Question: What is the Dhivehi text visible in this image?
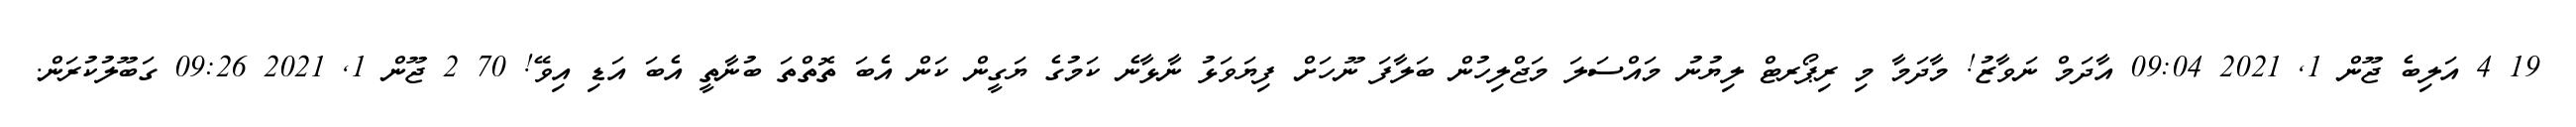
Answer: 19 4 އަލިބެ ޖޫން 1, 2021 09:04 އާދަމް ނަވާޒު! މާދަމާ މި ރިޕޯރޓް ލިޔުނު މައްސަލަ މަޖްލިހުން ބަލާފަ ނޫހަށް ފިޔަވަޅު ނާޅާނެ ކަމުގެ ޔަގީން ކަން އެބަ ތޮތްތަ ބުނާތީ އެބަ އަޑި އިވޭ! 70 2 ޖޫން 1, 2021 09:26 ގަބޫލުކުރަން.